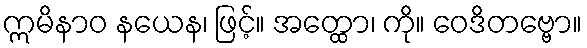
ဣမိနာဝ နယေန၊ ဖြင့်။ အတ္ထော၊ ကို။ ဝေဒိတဗ္ဗော။